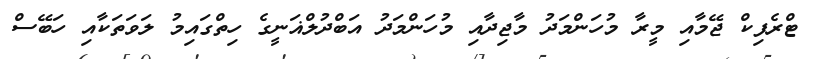
ޓްރެފިކް ޖޭމާއި މީރާ މުހަންމަދު މާޖިދާއި މުހަންމަދު އަބްދުލްްޣަނީގެ ހިތްގައިމު ލަވަތަކާއި ހަބޭސް